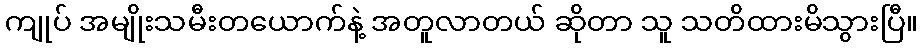
ကျုပ် အမျိုးသမီးတယောက်နဲ့ အတူလာတယ် ဆိုတာ သူ သတိထားမိသွားပြီ။